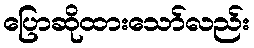
ပြောဆိုထားသော်လည်း